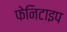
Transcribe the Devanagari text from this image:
फेनिटाइप